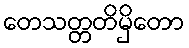
တေသတ္တတိမှိတော